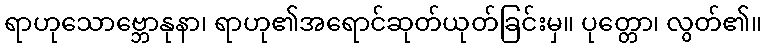
ရာဟုသောဗ္ဘောနုနာ၊ ရာဟု၏အရောင်ဆုတ်ယုတ်ခြင်းမှ။ ပုတ္တော၊ လွတ်၏။